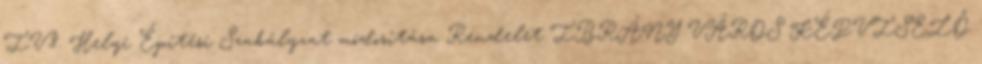
IV.8. Helyi Építési Szabályzat módosítása Rendelet IBRÁNY VÁROS KÉPVISELŐ